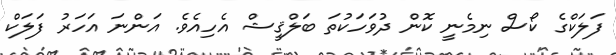
ފަލަކްގެ ކޯސް ނިމެނީ ކޮން ދުވަހަކުތަ ބަލްޤީޝް އެހިއެވެ. އަންނަ އަހަރު ފަލަކް